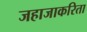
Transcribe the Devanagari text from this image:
जहाजाकरिता